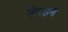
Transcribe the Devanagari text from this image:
बिरहन